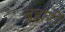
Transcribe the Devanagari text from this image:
ब्रह्मरी